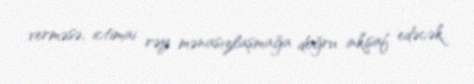
verməsə, ictimai rəy mənasızlaşmağa doğru inkişaf edəcək.